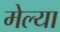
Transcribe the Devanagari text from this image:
मेल्‍या